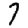
Digit: 7